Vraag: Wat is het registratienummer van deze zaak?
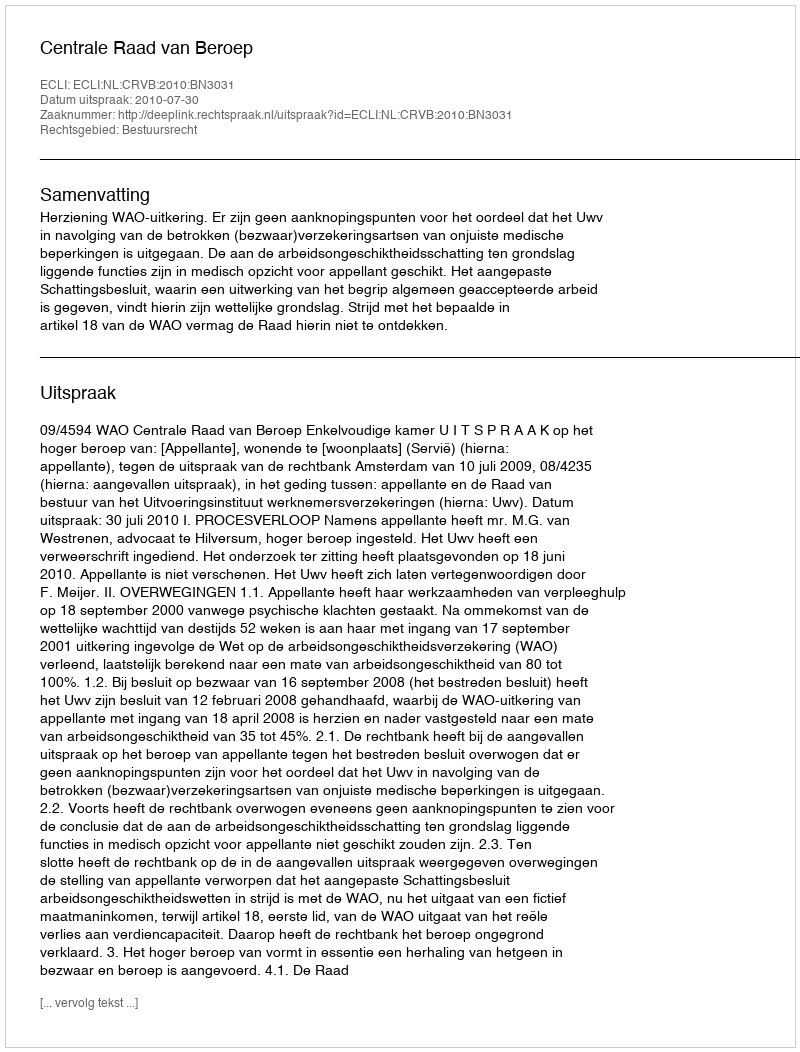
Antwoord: http://deeplink.rechtspraak.nl/uitspraak?id=ECLI:NL:CRVB:2010:BN3031